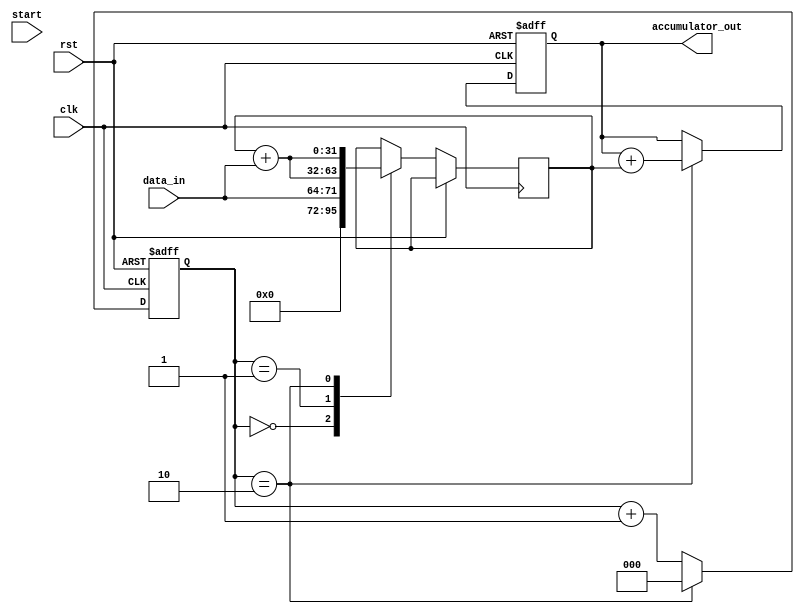
module parallel_accumulator (
    input wire clk,
    input wire rst,
    input wire [7:0] data_in,
    input wire start,
    output wire [31:0] accumulator_out
);

reg [31:0] accumulator;
reg [31:0] temp_accumulator;
reg [2:0] counter;

always @(posedge clk or posedge rst) begin
    if (rst) begin
        accumulator <= 32'd0;
        counter <= 3'd0;
    end else begin
        case (counter)
            3'd0: temp_accumulator <= {24'd0, data_in};
            3'd1: temp_accumulator <= temp_accumulator + {8'd0, data_in};
            3'd2: temp_accumulator <= temp_accumulator + {0, data_in};
        endcase

        if (counter == 3'd2) begin
            accumulator <= accumulator + temp_accumulator;
            counter <= 3'd0;
        end else begin
            counter <= counter + 1;
        end
    end
end

assign accumulator_out = accumulator;

endmodule